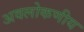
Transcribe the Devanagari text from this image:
अवलोकणीय